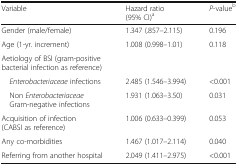
<table><thead><tr><td><b>Variable</b></td><td><b>Hazard ratio (95% CI)<sup>a</sup></b></td><td><b><i>P</i>-value<sup>b</sup></b></td></tr></thead><tbody><tr><td>Gender (male/female)</td><td>1.347 (.857–2.115)</td><td>0.196</td></tr><tr><td>Age (1-yr. increment)</td><td>1.008 (0.998–1.01)</td><td>0.118</td></tr><tr><td colspan="3">Aetiology of BSI (gram-positive bacterial infection as reference)</td></tr><tr><td> <i>Enterobacteriaceae</i> infections</td><td>2.485 (1.546–3.994)</td><td>&lt;0.001</td></tr><tr><td> Non <i>Enterobacteriaceae</i> Gram-negative infections</td><td>1.931 (1.063–3.50)</td><td>0.031</td></tr><tr><td>Acquisition of infection (CABSI as reference)</td><td>1.006 (0.633–0.399)</td><td>0.053</td></tr><tr><td>Any co-morbidities</td><td>1.467 (1.017–2.114)</td><td>0.040</td></tr><tr><td>Referring from another hospital</td><td>2.049 (1.411–2.975)</td><td>&lt;0.001</td></tr></tbody></table>